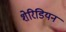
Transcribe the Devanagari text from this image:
शेरिडियन